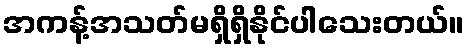
အကန့်အသတ်မရှိရှိနိုင်ပါသေးတယ်။